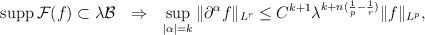
LaTeX: \begin{align*} \operatorname{supp}\mathcal{F}(f)\subset\lambda\mathcal{B}\ \ \Rightarrow\ \ \sup_{|\alpha|=k}\|\partial^{\alpha}f\|_{L^{r}}\leq C^{k+1}\lambda^{k+n(\frac{1}{p}-\frac{1}{r})}\|f\|_{L^{p}},\end{align*}